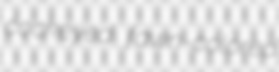
cockeyed fawn-colored